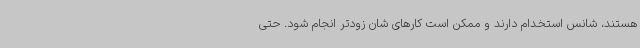
هستند، شانس استخدام دارند و ممکن است کارهای شان زودتر انجام شود. حتی